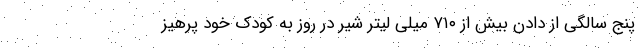
پنج سالگی از دادن بیش از ۷۱۰ میلی لیتر شیر در روز به کودک خود پرهیز